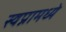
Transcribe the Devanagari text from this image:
स्वप्नामध्ये